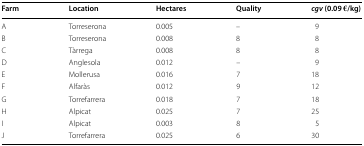
<table><thead><tr><td><b>Farm</b></td><td><b>Location</b></td><td><b>Hectares</b></td><td><b>Quality</b></td><td><b><i>cgv</i> (0.09 €/kg)</b></td></tr></thead><tbody><tr><td>A</td><td>Torreserona</td><td>0.005</td><td>–</td><td>9</td></tr><tr><td>B</td><td>Torreserona</td><td>0.008</td><td>8</td><td>8</td></tr><tr><td>C</td><td>Tàrrega</td><td>0.008</td><td>8</td><td>8</td></tr><tr><td>D</td><td>Anglesola</td><td>0.012</td><td>–</td><td>9</td></tr><tr><td>E</td><td>Mollerusa</td><td>0.016</td><td>7</td><td>18</td></tr><tr><td>F</td><td>Alfaràs</td><td>0.012</td><td>9</td><td>12</td></tr><tr><td>G</td><td>Torrefarrera</td><td>0.018</td><td>7</td><td>18</td></tr><tr><td>H</td><td>Alpicat</td><td>0.025</td><td>7</td><td>25</td></tr><tr><td>I</td><td>Alpicat</td><td>0.003</td><td>8</td><td>5</td></tr><tr><td>J</td><td>Torrefarrera</td><td>0.025</td><td>6</td><td>30</td></tr></tbody></table>